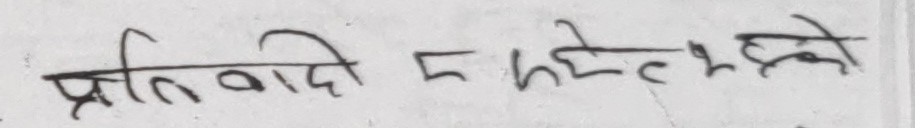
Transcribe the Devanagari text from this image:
प्रतिबादी र हेटौडाको